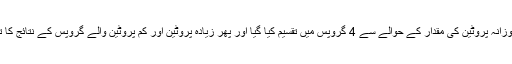
ان افراد کو روزانہ پروٹین کی مقدار کے حوالے سے 4 گروپس میں تقسیم کیا گیا اور پھر زیادہ پروٹین اور کم پروٹین والے گروپس کے نتائج کا تجزیہ کیا گیا۔